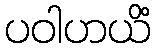
ပဝါဟယိံ